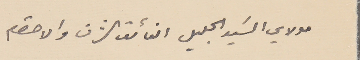
مولاي السَيد الجليل الفائق الشرف والاحترام